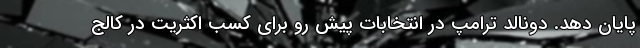
پایان دهد. دونالد ترامپ در انتخابات پیش رو برای کسب اکثریت در کالج